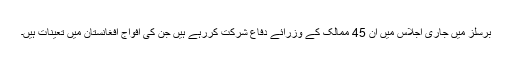
برسلز میں جاری اجلاس میں ان 45 ممالک کے وزرائے دفاع شرکت کررہے ہیں جن کی افواج افغانستان میں تعینات ہیں۔